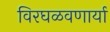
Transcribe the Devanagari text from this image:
विरघळवणार्या